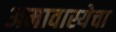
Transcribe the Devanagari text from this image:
अमावास्येचा